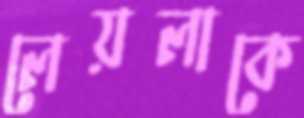
লেয়লাকে